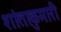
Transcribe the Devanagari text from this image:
शांताकुमारी